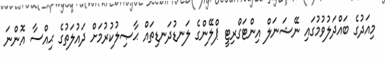
މިއަދުގެ ބައްދަލުވުމުގައި ނޭޝަނަލް އިންޓަގްރިޓީ ޕްލޭންގެ ލަނޑުދަނޑިތައް ޙާޞިލުކުރުމަށް ދައުލަތުގެ ޙިއްސާ އޮންނަ